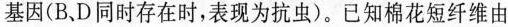
基因(B、D同时存在时，表现为抗虫)。已知棉花短纤维由